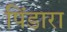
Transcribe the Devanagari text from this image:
पिंडारा